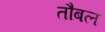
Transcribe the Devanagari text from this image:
तौबल